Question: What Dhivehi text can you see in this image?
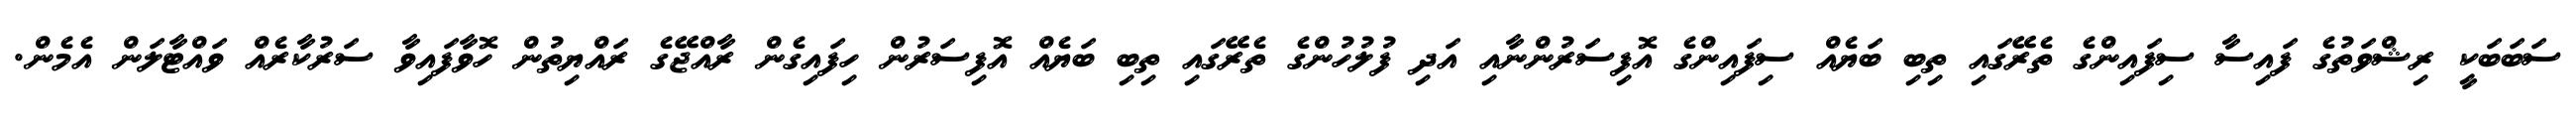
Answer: ސަބަބަކީ ރިޝްވަތުގެ ފައިސާ ސިފައިންގެ ތެރޭގައި ތިބި ބަޔެއް ސިފައިންގެ އޮފިސަރުންނާއި އަދި ފުލުހުންގެ ތެރޭގައި ތިބި ބަޔެއް އޮފިސަރުން ހިފައިގެން ރާއްޖޭގެ ރައްޔިތުން ހޮވާފައިވާ ސަރުކާރެއް ވައްޓާލަން އެމެން.